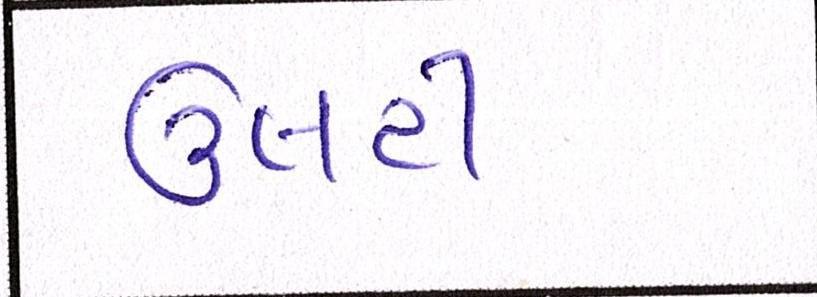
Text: ઉલટી